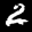
Label: 2